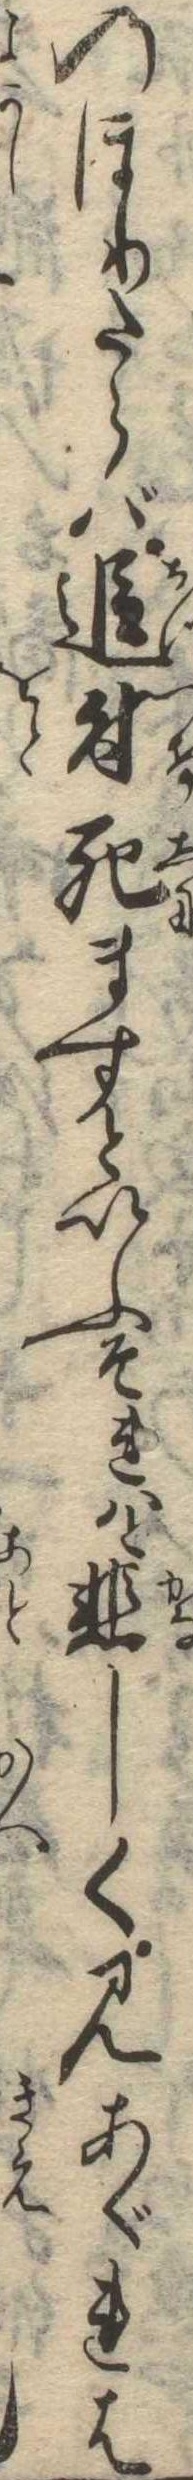
のぼりたらば追付死ますといふそれはと悲しく見あぐれば